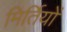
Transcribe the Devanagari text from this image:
मिर्तियों